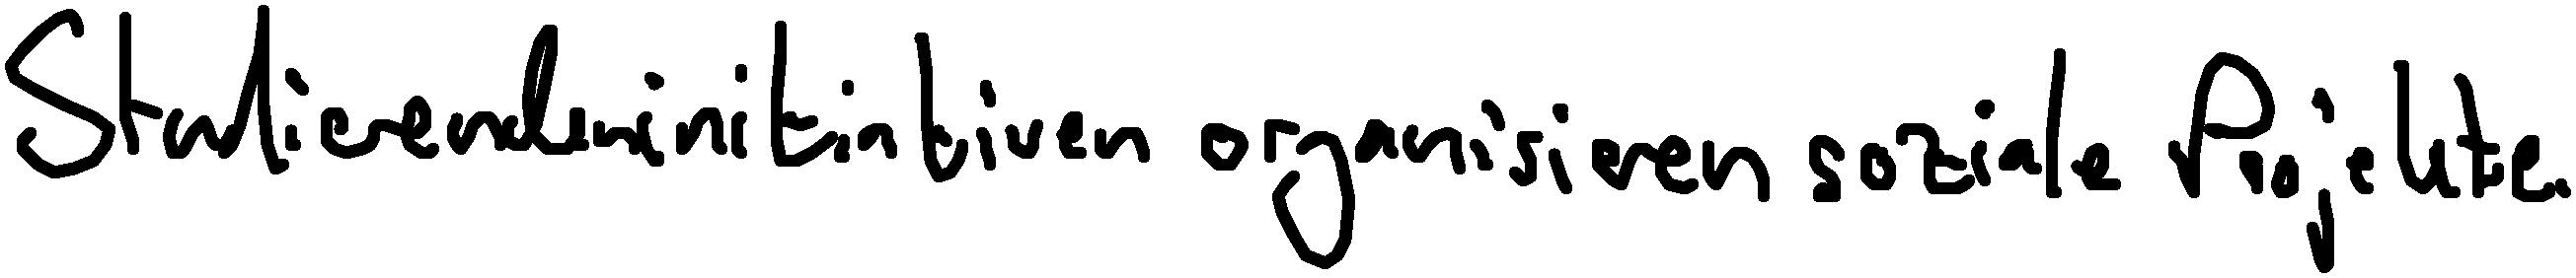
Studierendeninitiativen organisieren soziale Projekte.